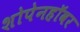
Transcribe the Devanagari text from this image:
शोपेनहॉवर